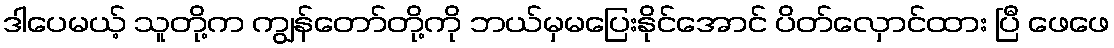
ဒါပေမယ့် သူတို့က ကျွန်တော်တို့ကို ဘယ်မှမပြေးနိုင်အောင် ပိတ်လှောင်ထား ပြီ ဖေဖေ